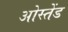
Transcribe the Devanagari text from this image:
ओस्तेंड